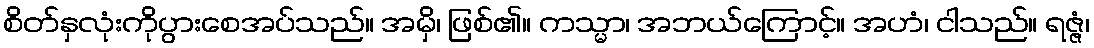
စိတ်နှလုံးကိုပွားစေအပ်သည်။ အမှိ၊ ဖြစ်၏။ ကသ္မာ၊ အဘယ်ကြောင့်။ အဟံ၊ ငါသည်။ ရဇ္ဇံ၊